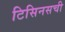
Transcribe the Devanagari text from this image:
टिसिनसची